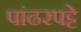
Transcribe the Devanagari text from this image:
पांढरपट्टे